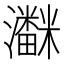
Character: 𱪌